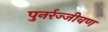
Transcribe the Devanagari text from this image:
पुनर्रज्जीवण